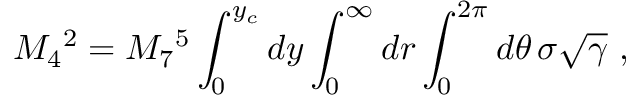
M _ { 4 } { } ^ { 2 } = M _ { 7 } { } ^ { 5 } \int _ { 0 } ^ { y _ { c } } d y \int _ { 0 } ^ { \infty } d r \int _ { 0 } ^ { 2 \pi } d \theta \, \sigma \sqrt { \gamma } ~ ,